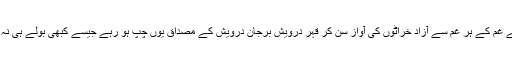
ہم بے غم کے ہر غم سے آزاد خراٹوں کی آواز سن کر قہر درویش برجان درویش کے مصداق یوں چپ ہو رہے جیسے کبھی بولے ہی نہ ہوں۔